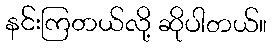
နင်းကြတယ်လို့ ဆိုပါတယ်။